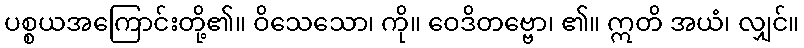
ပစ္စယအကြောင်းတို့၏။ ဝိသေသော၊ ကို။ ဝေဒိတဗ္ဗော၊ ၏။ ဣတိ အယံ၊ လျှင်။